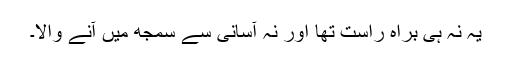
یہ نہ ہی براہِ راست تھا اور نہ آسانی سے سمجھ میں آنے والا۔